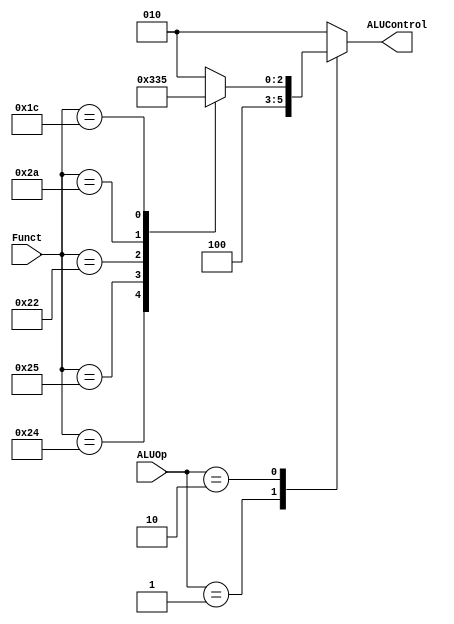
module ALU_decoder 
(
  input  wire [5:0] Funct      ,
  input  wire [1:0] ALUOp      ,
  output reg  [2:0] ALUControl
);

localparam  AND =   6'b10_0100  ;
localparam  OR  =   6'b10_0101  ;
localparam  ADD =   6'b10_0000  ;
localparam  SUB =   6'b10_0010  ;
localparam  SLT =   6'b10_1010  ;
localparam  MUL =   6'b01_1100  ;

always @ (*)
  begin
    case (ALUOp)
      2'b00: ALUControl = 3'b010;
      2'b01: ALUControl = 3'b100;
      2'b10:
        case (Funct)
          AND:     ALUControl = 3'b000;
          OR :     ALUControl = 3'b001;
          ADD:     ALUControl = 3'b010;
          SUB:     ALUControl = 3'b100;
          SLT:     ALUControl = 3'b110;
          MUL:     ALUControl = 3'b101;
          
          default: ALUControl = 3'b010;
        endcase
      default: ALUControl = 3'b010;
    endcase
  end
  
endmodule